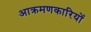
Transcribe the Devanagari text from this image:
आक्रमणकारियोंं